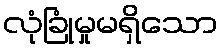
လုံခြုံမှုမရှိသော